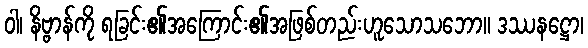
ဝါ၊ နိဗ္ဗာန်ကို ရခြင်း၏အကြောင်း၏အဖြစ်တည်းဟူသောသဘော။ ဒဿနဋ္ဌော၊